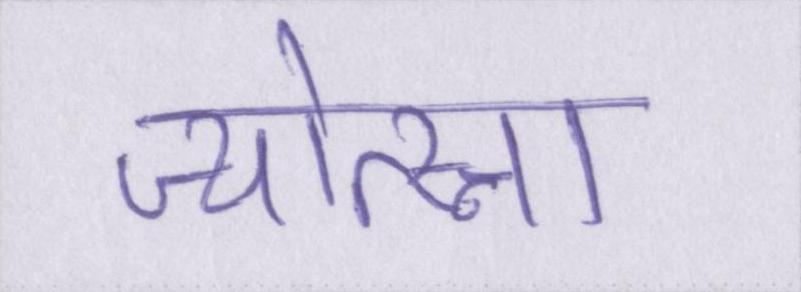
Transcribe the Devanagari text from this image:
ज्योत्स्ना